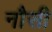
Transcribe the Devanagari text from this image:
नौसी